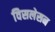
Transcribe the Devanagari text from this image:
विसलेसन